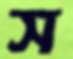
স